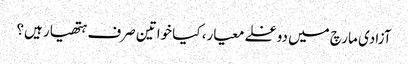
آزادی مارچ میں دوغلے معیار، کیا خواتین صرف ہتھیار ہیں؟